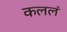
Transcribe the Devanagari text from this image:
कललं